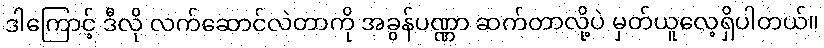
ဒါကြောင့် ဒီလို လက်ဆောင်လဲတာကို အခွန်ပဏ္ဏာ ဆက်တာလို့ပဲ မှတ်ယူလေ့ရှိပါတယ်။